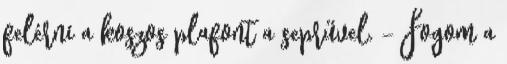
felérni a koszos plafont a seprűvel. - Fogom a